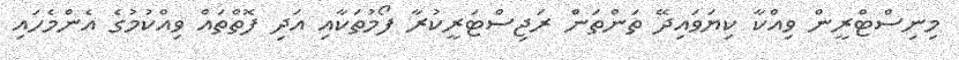
މިނިސްޓްރީން ވިއްކާ ކިޔަވައިދޭ ތަންތަން ރަޖިސްޓަރީކުރާ ފޯމުތަކާއި އަދި ފޮތްތައް ވިއްކުމުގެ އެންމެހައި